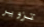
تزوير